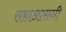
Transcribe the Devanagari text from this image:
सहाआसनी